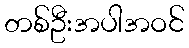
တစ်ဦးအပါအဝင်